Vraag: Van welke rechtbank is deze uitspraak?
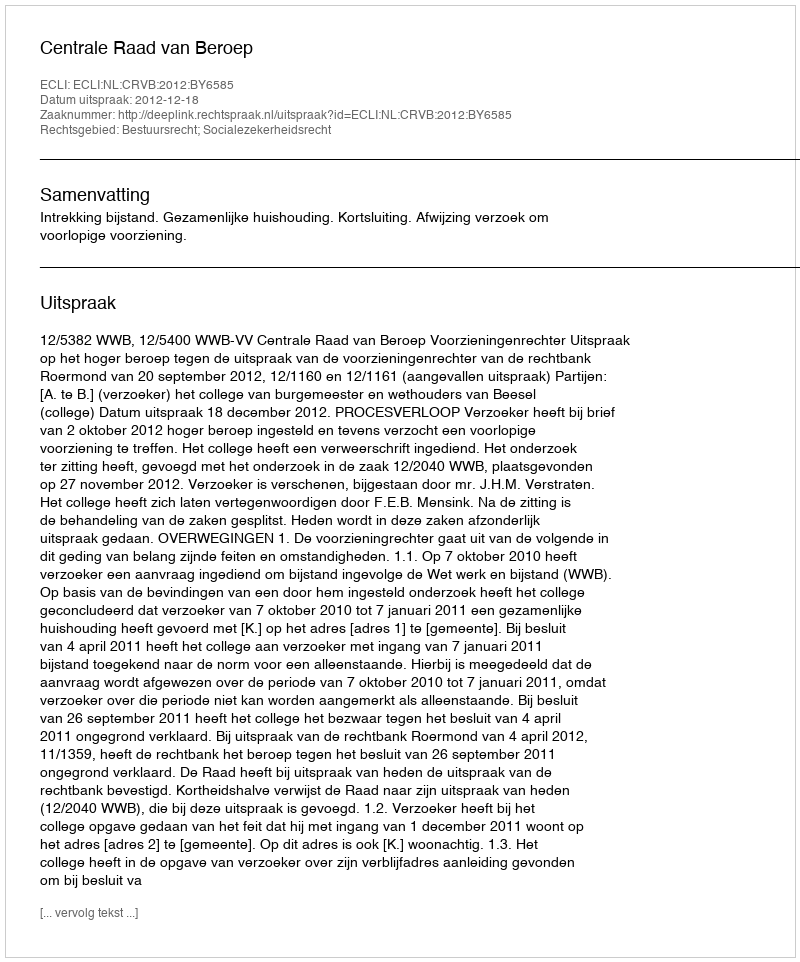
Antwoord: Centrale Raad van Beroep